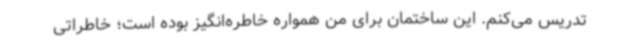
تدریس می‌کنم. این ساختمان برای من همواره خاطره‌انگیز بوده است؛ خاطراتی